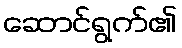
ဆောင်ရွက်၏